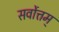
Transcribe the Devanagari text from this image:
सर्वोत्तम्